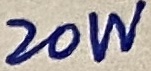
Text: 20W